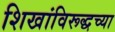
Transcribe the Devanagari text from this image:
शिखांविरूद्धच्या